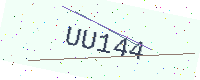
Text: UU144